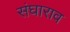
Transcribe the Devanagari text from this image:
संघाराव